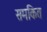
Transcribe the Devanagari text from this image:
समकित